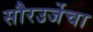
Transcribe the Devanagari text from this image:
सौरउर्जेचा